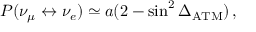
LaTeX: P ( \nu _ { \mu } \leftrightarrow \nu _ { e } ) \simeq a ( 2 - \sin ^ { 2 } \Delta _ { \mathrm { A T M } } ) \, ,